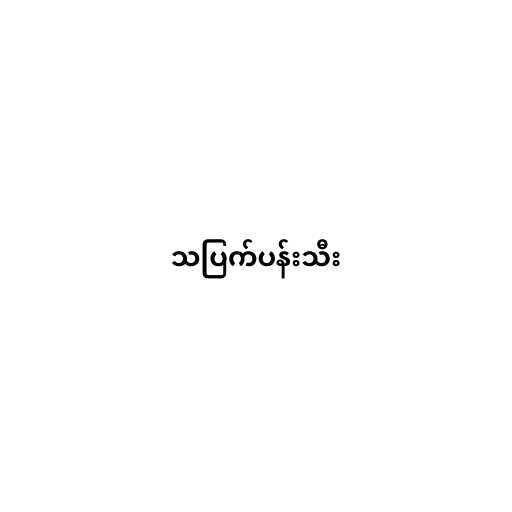
သပြက်ပန်းသီး